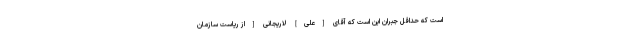
است كه حداقل جبران این است كه آقاى [علی] لاریجانى [از ریاست سازمان